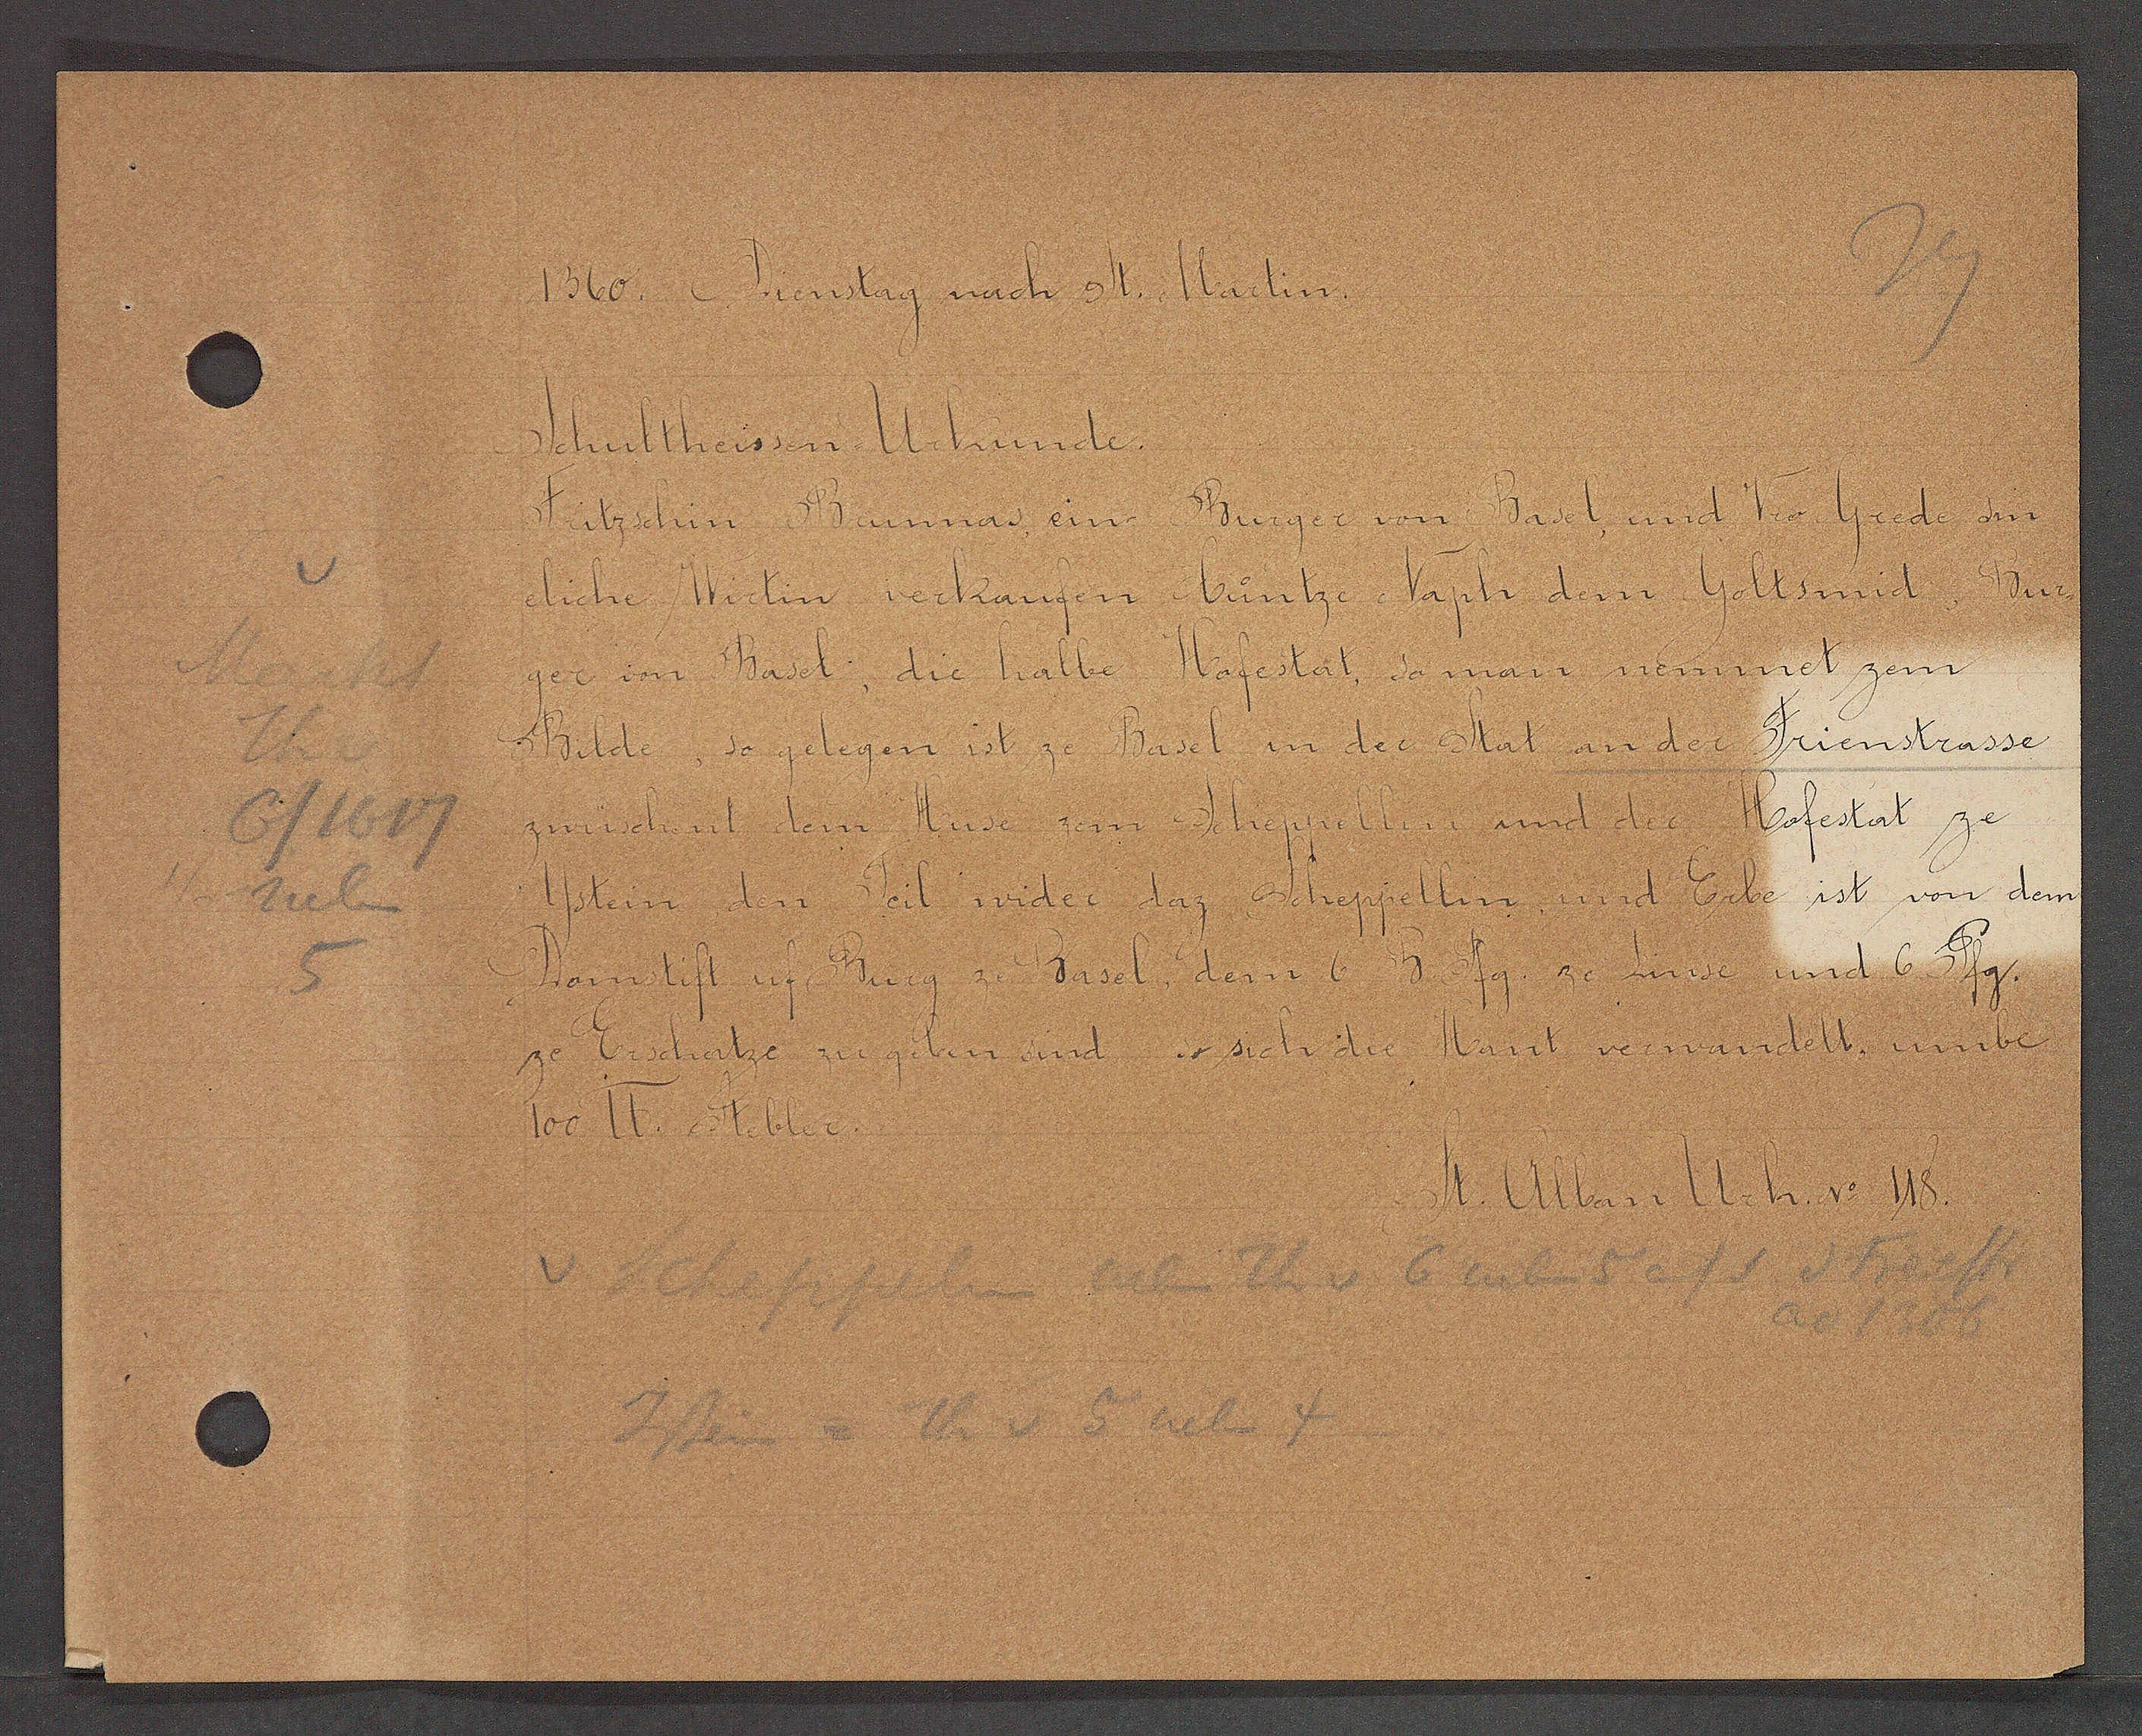
Transcript:
Markt
thv
G/1617
neben
5

1360. Dienstag nach St. Martin.

Schultheissen-Urkunde.
Fritzschin Bumnas ein Burger von Basel und Vro Grede sin
liche Wirtin verkaufen Cuntze, Vapli dem Goltsmid, Bur-
ger von Basel; die halbe Hofestat, so man nemmet zem
Bilde, so gelegen ist ze Basel in der Stat an der Frienstrasse
zwüschent dem Huse zem Scheppellin und der Hofestat ze
Ystein den Teil wider daz Scheppellin und Erbe ist von dem
Domstift uf Burg ze Basel, dem 6 h pfg ze Zinse und 6 Pfg.
Erschatze zu geben sind so sich die Hant verwandelt, umbe
100 ℔. Stebler.

St. Alban Urk. No 118

Scheppelin neb Th. v. 6 neben 5 auf S d Freiestr
ao 1306
Istein = Th v 5 neben 4